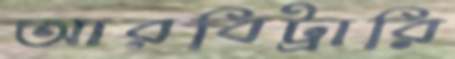
আরবিট্রারি